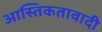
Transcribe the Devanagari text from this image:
आस्तिकतावादी